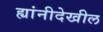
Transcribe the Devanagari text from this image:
ह्यांनीदेखील